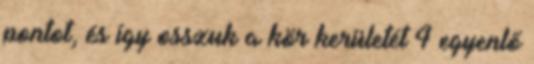
pontot, és így osszuk a kör kerületét 4 egyenlő